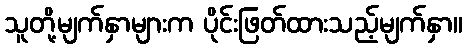
သူတို့မျက်နှာများက ပိုင်းဖြတ်ထားသည့်မျက်နှာ။